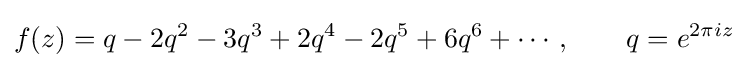
f(z)=q-2q^{2}-3q^{3}+2q^{4}-2q^{5}+6q^{6}+\cdots ,\qquad q=e^{2\pi iz}